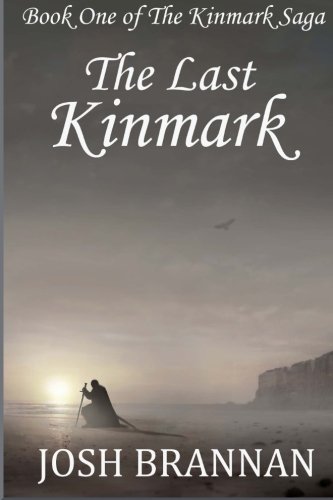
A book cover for The Last Kinmark (The Kinmark Saga) (Volume 1); Josh Brannan; Science Fiction & Fantasy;